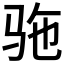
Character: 𫘞